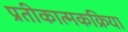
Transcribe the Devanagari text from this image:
प्रतीकात्मकक्रिया